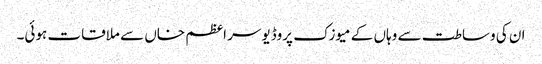
ان کی وساطت سے وہاں کے میوزک پروڈیوسر اعظم خاں سے ملاقات ہوئی۔